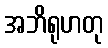
အဘိရုဟတု